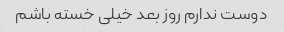
دوست ندارم روز بعد خیلی خسته باشم